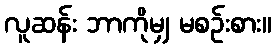
လူဆန်း ဘာကိုမျှ မစဉ်းစား။